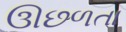
ઊછળતા